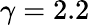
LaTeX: \gamma=2.2